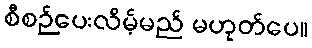
စီစဉ်ပေးလိမ့်မည် မဟုတ်ပေ။